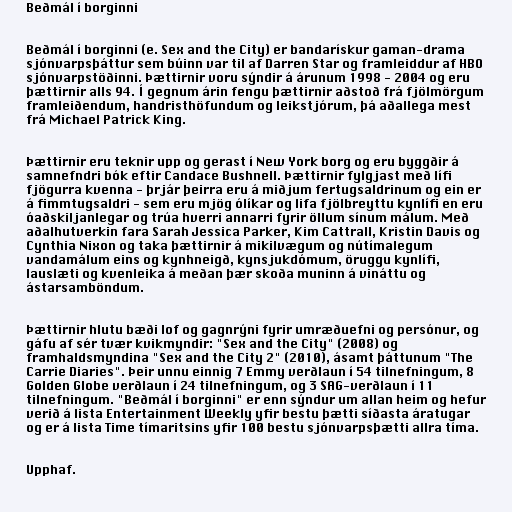
Beðmál í borginni

Beðmál í borginni (e. Sex and the City) er bandarískur gaman-drama
sjónvarpsþáttur sem búinn var til af Darren Star og framleiddur af HBO
sjónvarpstöðinni. Þættirnir voru sýndir á árunum 1998 - 2004 og eru
þættirnir alls 94. Í gegnum árin fengu þættirnir aðstoð frá fjölmörgum
framleiðendum, handristhöfundum og leikstjórum, þá aðallega mest
frá Michael Patrick King.

Þættirnir eru teknir upp og gerast í New York borg og eru byggðir á
samnefndri bók eftir Candace Bushnell. Þættirnir fylgjast með lífi
fjögurra kvenna - þrjár þeirra eru á miðjum fertugsaldrinum og ein er
á fimmtugsaldri - sem eru mjög ólíkar og lifa fjölbreyttu kynlífi en eru
óaðskiljanlegar og trúa hverri annarri fyrir öllum sínum málum. Með
aðalhutverkin fara Sarah Jessica Parker, Kim Cattrall, Kristin Davis og
Cynthia Nixon og taka þættirnir á mikilvægum og nútímalegum
vandamálum eins og kynhneigð, kynsjukdómum, öruggu kynlífi,
lauslæti og kvenleika á meðan þær skoða muninn á vináttu og
ástarsamböndum.

Þættirnir hlutu bæði lof og gagnrýni fyrir umræðuefni og persónur, og
gáfu af sér tvær kvikmyndir: "Sex and the City" (2008) og
framhaldsmyndina "Sex and the City 2" (2010), ásamt þáttunum "The
Carrie Diaries". Þeir unnu einnig 7 Emmy verðlaun í 54 tilnefningum, 8
Golden Globe verðlaun í 24 tilnefningum, og 3 SAG-verðlaun í 11
tilnefningum. "Beðmál í borginni" er enn sýndur um allan heim og hefur
verið á lista Entertainment Weekly yfir bestu þætti síðasta áratugar
og er á lista Time tímaritsins yfir 100 bestu sjónvarpsþætti allra tíma.

Upphaf.